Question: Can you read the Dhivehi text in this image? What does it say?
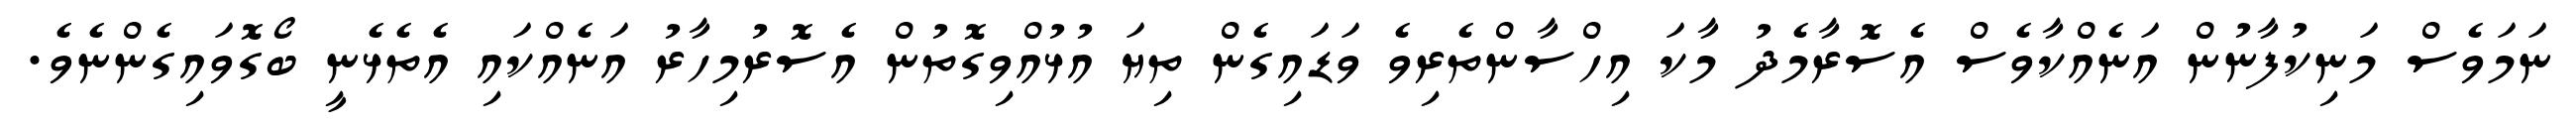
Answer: ނަމަވެސް މަނިކުފާނުން އަނެއްކާވެސް އެސޮރާމެދު މާކަ އިހްސާންތެރިވެ ވަޑައިގެން ތިޔަ އުޅުއްވިގޮތުން އެސޮރުމިހާރު އަނެއްކައި އެތެޅެނީ ބޯގޮވައިގެންނެވެ.